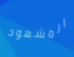
المشهود